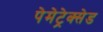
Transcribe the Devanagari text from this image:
पेमेट्रेक्सेड